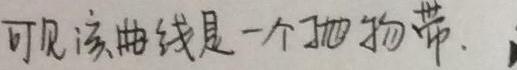
可见该曲线是一个抛物带.